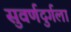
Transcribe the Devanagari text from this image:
सुवर्णदुर्गला